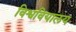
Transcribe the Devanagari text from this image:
विश्ववियालय